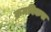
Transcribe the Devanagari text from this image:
क्रमविकस